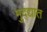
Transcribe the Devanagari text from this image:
मुद्द्यात